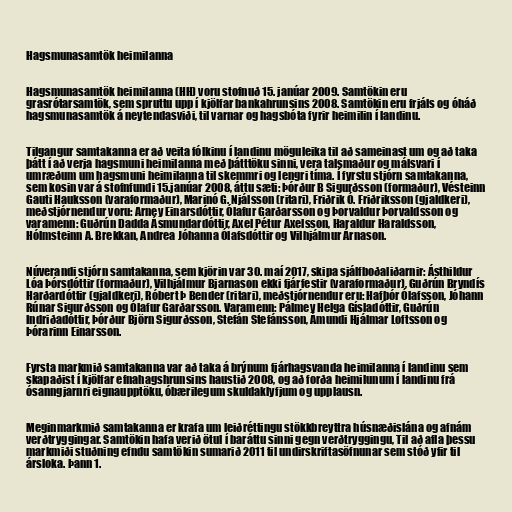
Hagsmunasamtök heimilanna

Hagsmunasamtök heimilanna (HH) voru stofnuð 15. janúar 2009. Samtökin eru
grasrótarsamtök, sem spruttu upp í kjölfar bankahrunsins 2008. Samtökin eru frjáls og óháð
hagsmunasamtök á neytendasviði, til varnar og hagsbóta fyrir heimilin í landinu.

Tilgangur samtakanna er að veita fólkinu í landinu möguleika til að sameinast um og að taka
þátt í að verja hagsmuni heimilanna með þátttöku sinni, vera talsmaður og málsvari í
umræðum um hagsmuni heimilanna til skemmri og lengri tíma. Í fyrstu stjórn samtakanna,
sem kosin var á stofnfundi 15.janúar 2008, áttu sæti: Þórður B Sigurðsson (formaður), Vésteinn
Gauti Hauksson (varaformaður), Marinó G. Njálsson (ritari), Friðrik Ó. Friðriksson (gjaldkeri),
meðstjórnendur voru: Arney Einarsdóttir, Ólafur Garðarsson og Þorvaldur Þorvaldsson og
varamenn: Guðrún Dadda Ásmundardóttir, Axel Pétur Axelsson, Haraldur Haraldsson,
Hólmsteinn A. Brekkan, Andrea Jóhanna Ólafsdóttir og Vilhjálmur Árnason.

Núverandi stjórn samtakanna, sem kjörin var 30. maí 2017, skipa sjálfboðaliðarnir: Ásthildur
Lóa Þórsdóttir (formaður), Vilhjálmur Bjarnason ekki fjárfestir (varaformaður), Guðrún Bryndís
Harðardóttir (gjaldkeri), Róbert Þ Bender (ritari), meðstjórnendur eru: Hafþór Ólafsson, Jóhann
Rúnar Sigurðsson og Ólafur Garðarsson. Varamenn: Pálmey Helga Gísladóttir, Guðrún
Indriðadóttir, Þórður Björn Sigurðsson, Stefán Stefánsson, Ámundi Hjálmar Loftsson og
Þórarinn Einarsson.

Fyrsta markmið samtakanna var að taka á brýnum fjárhagsvanda heimilanna í landinu sem
skapaðist í kjölfar efnahagshrunsins haustið 2008, og að forða heimilunum í landinu frá
ósanngjarnri eignaupptöku, óbærilegum skuldaklyfjum og upplausn.

Meginmarkmið samtakanna er krafa um leiðréttingu stökkbreyttra húsnæðislána og afnám
verðtryggingar. Samtökin hafa verið ötul í baráttu sinni gegn verðtryggingu, Til að afla þessu
markmiði stuðning efndu samtökin sumarið 2011 til undirskriftasöfnunar sem stóð yfir til
ársloka. Þann 1.